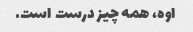
اوه، همه چیز درست است.